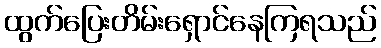
ထွက်ပြေးတိမ်းရှောင်နေကြရသည်